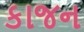
કાજન